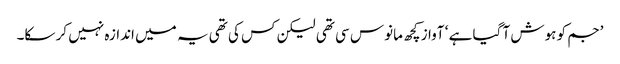
’جم کو ہوش آ گیا ہے ‘ آواز کچھ مانوس سی تھی لیکن کس کی تھی یہ میں اندازہ نہیں کر سکا۔